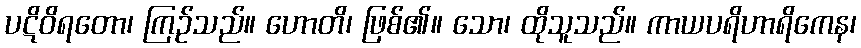
ပဋိဝိရတော၊ ကြဉ်သည်။ ဟောတိ၊ ဖြစ်၏။ သော၊ ထိုသူသည်။ ကာယပရိဟာရိကေန၊